Riigikantselei, lk 11
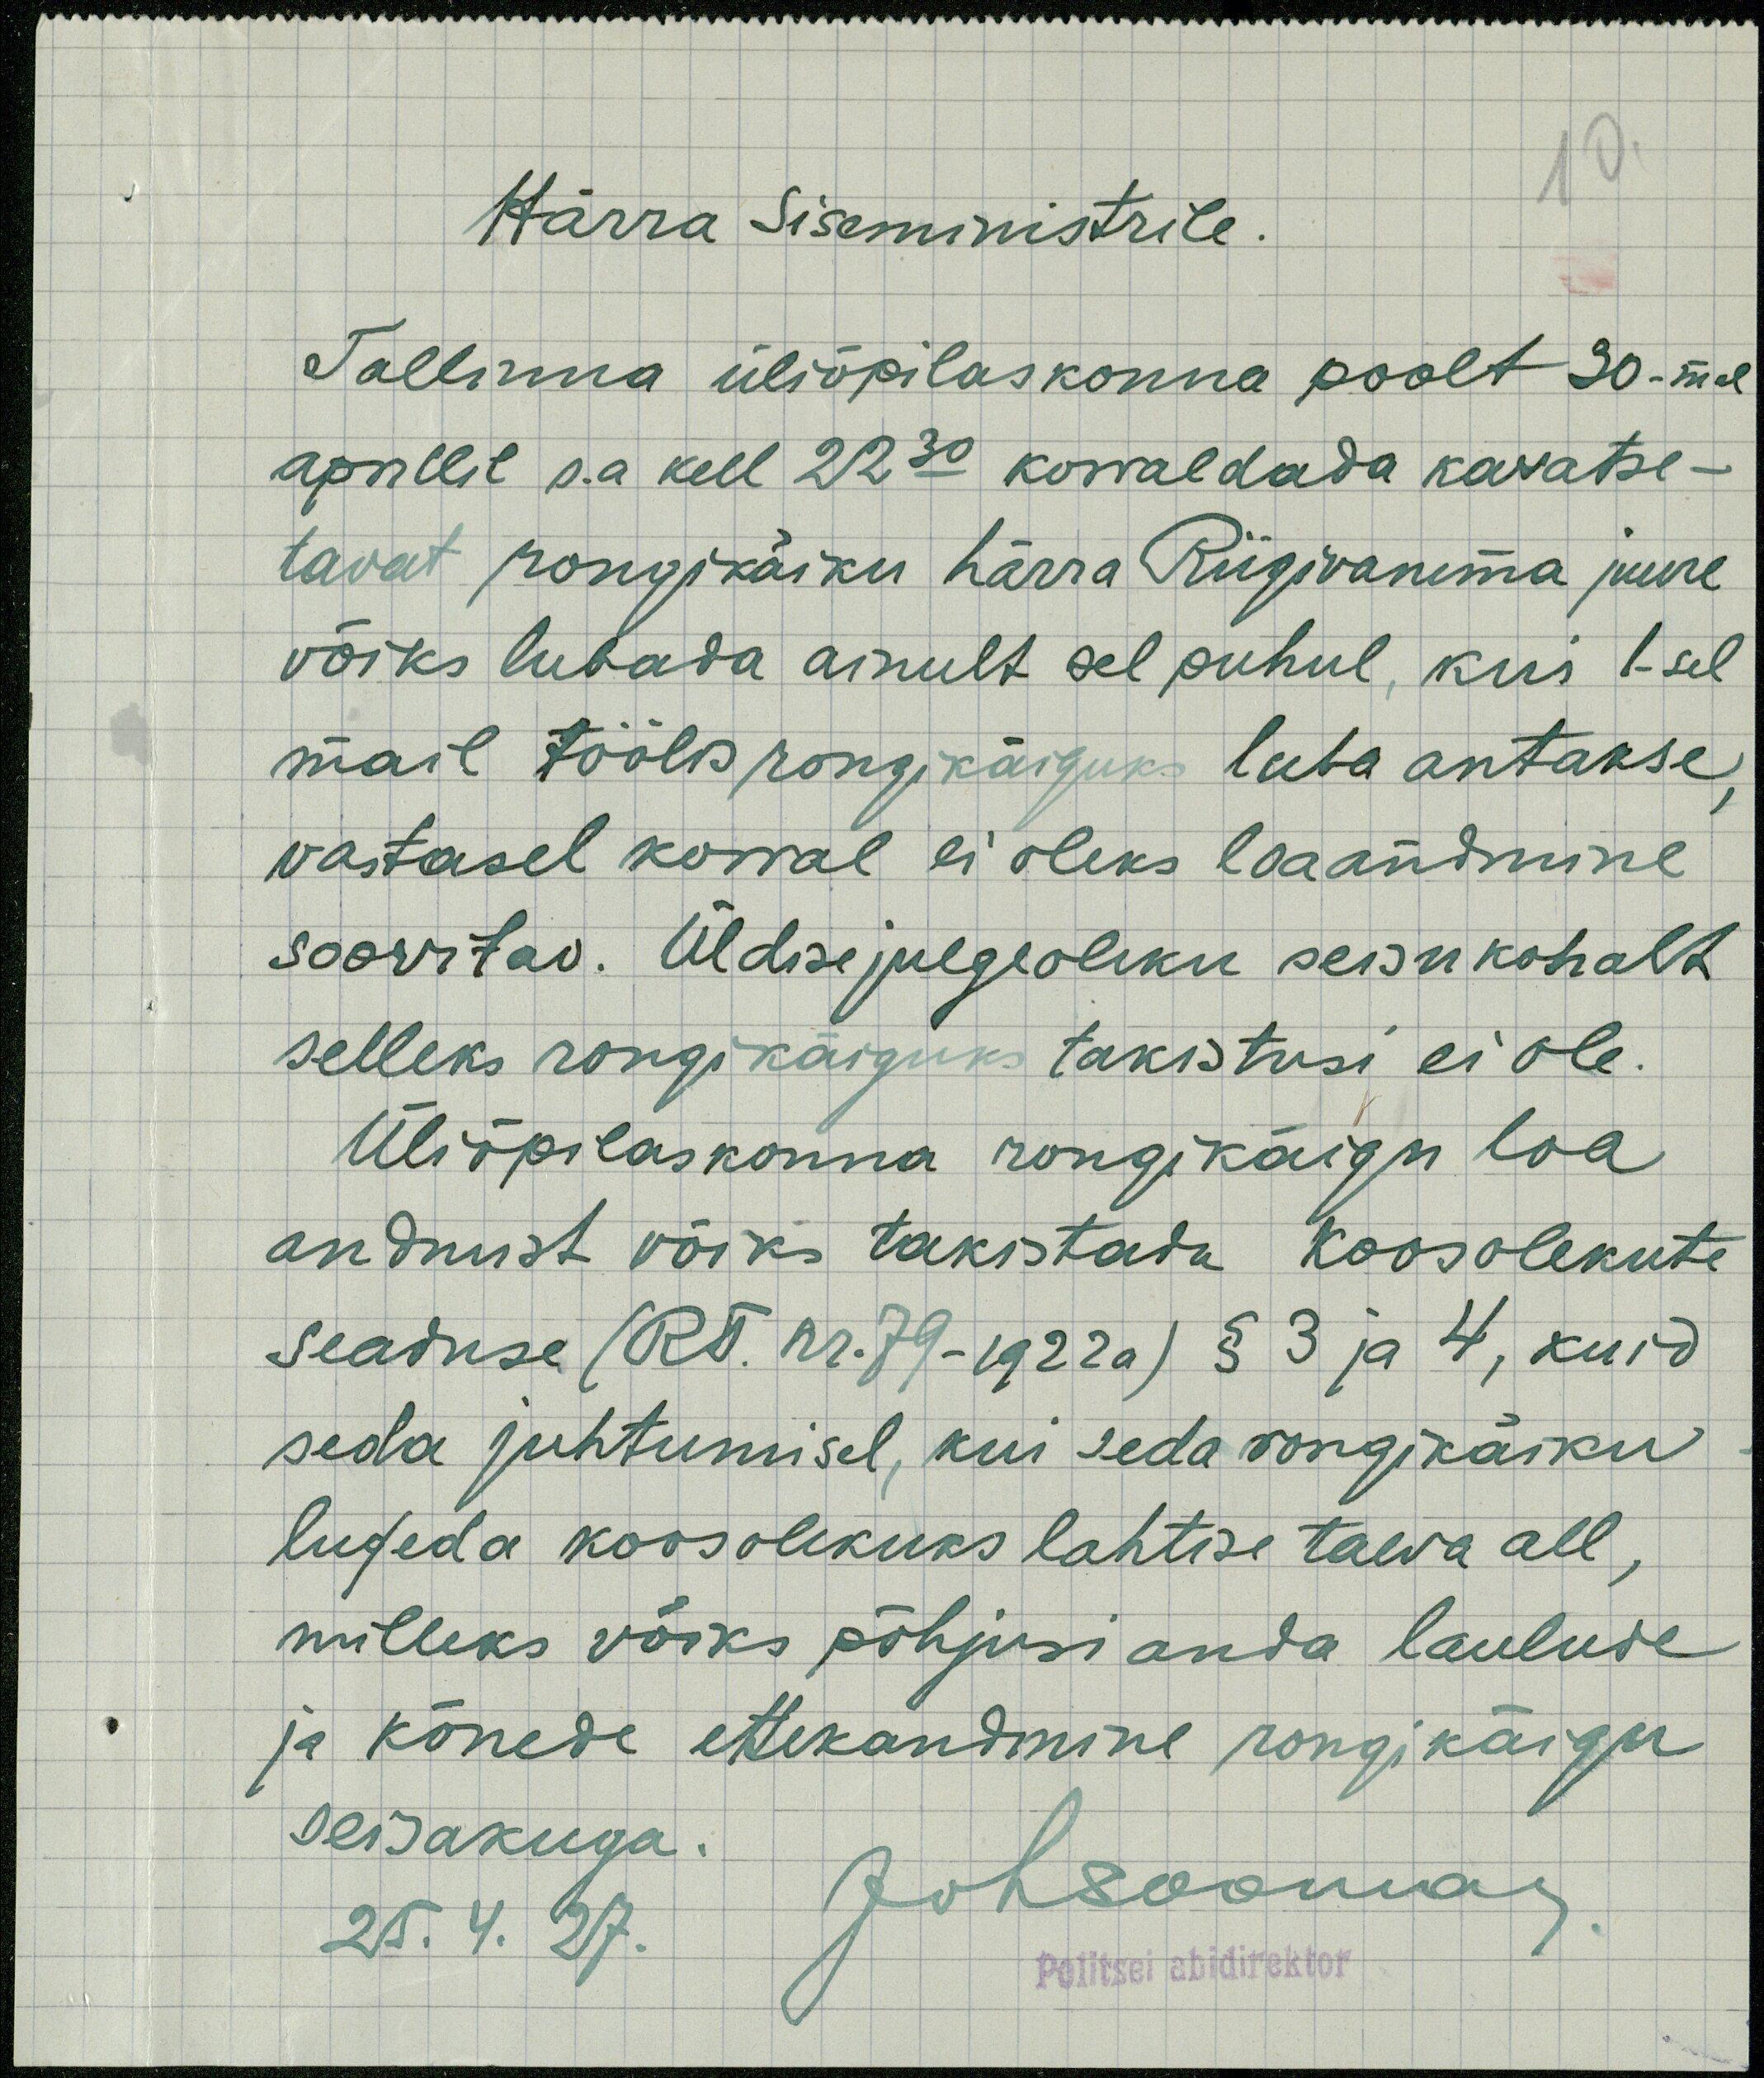
10
Härra Siseministrile
Tallinna üliõpilaskonna poolt 30-mal
aprillil s.a kell 22.30 korraldada kavatse-
tavat rongikäiku härra Riigivanema juure
võiks lubada ainult sel puhul, kui 1-sel 
mail töölisrongikäiguks luba antakse, 
vastasel korral ei oleks loaadmine
soovitav. Üldise julgeoleku seisukohalt
selleks rongikäiguks takistusi ei ole.
Üliõpilaskonna rongikäigu loa
andmist võiks takistada koosolekute
seaduse (RT. nr. 79-1922a) § 3 ja 4, kuid
seda juhtumisel, kui seda rongikäiku
lugeda koosolekuks lahtise taeva all,
milleks võiks põhjusi anda laulude
ja kõnede ettekandmine rongikäigu
seisakuga.
Johsooman.
25.4.27
Politsei abidirektor